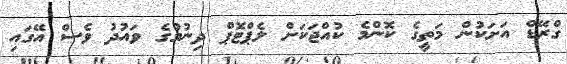
ގްރޭޑް އަށަކުން މަތީގެ ކޮންމެ ކުއްޖަކަށް ލެޕްޓޮޕް ދިނުމުގެ ވައުދު ވެސް އޭގައި